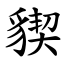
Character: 䝟